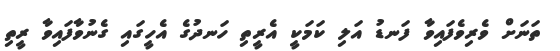
ތަނަށް ވެރިވެފައިވާ ފަނޑު އަލި ކަމަކީ އެރީތި ހަނދުގެ އެހީގައި ގެނުވާފައިވާ ރީތި